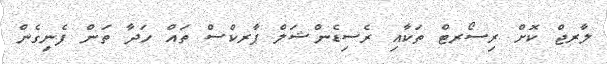
ލާރޖް ކޮށް ރިސޯރޓް ތަކާއި ރެސިޑެންޝަލް ޕާރކްސް ތައް ހަދާ ތަން ފެނިގެން